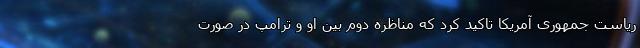
ریاست جمهوری آمریکا تاکید کرد که مناظره دوم بین او و ترامپ در صورت